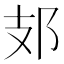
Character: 𨙸